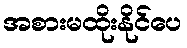
အစားမထိုးနိုင်ပေ